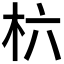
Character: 𣏥